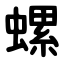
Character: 螺